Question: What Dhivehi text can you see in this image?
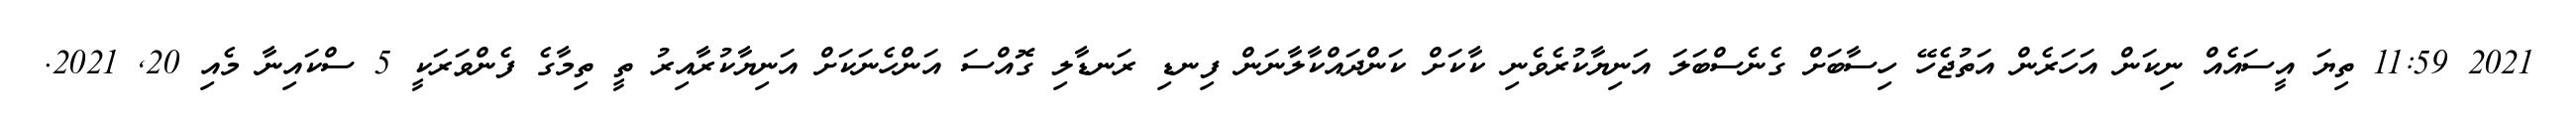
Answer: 2021 11:59 ތިޔަ އީސައެއް ނިކަން އަހަރެން އަތުޖެހޭ ހިސާބަށް ގެނެސްބަލަ އަނިޔާކުރެވެނި ކާކަށް ކަންދައްކާލާނަން ފިނޑި ރަނޑާލި ގޮއްސަ އަންހެނަކަށް އަނިޔާކުރާއިރު ތީ ތިމާގެ ފެންވަރަކީ 5 ސްކައިނާ މެއި 20, 2021.